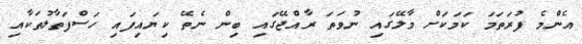
އެންމެ ފުރަތަމަ ކަމަކަށް މާލޭގައި ނުވަތަ ރާއްޖޭގައި ބިން ނެތޭ ކިޔައިފައި ހަސްފަތާލުތަކާއި